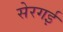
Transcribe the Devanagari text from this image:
सेरगई